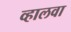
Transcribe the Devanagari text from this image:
व्हालवा